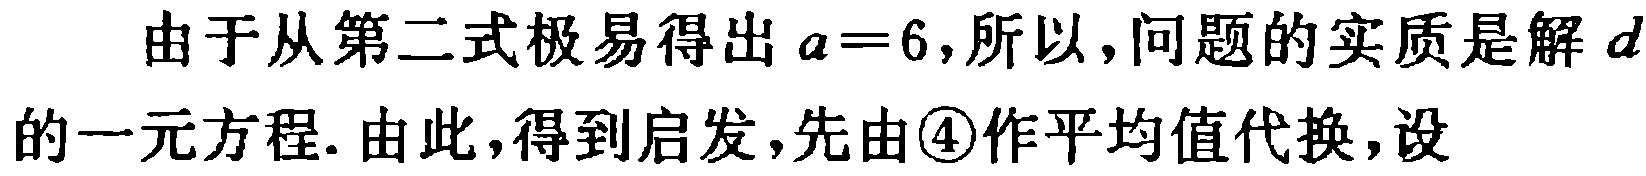
由于从第二式极易得出 \(a = 6\)，所以，问题的实质是解 \(d\)的一元方程. 由此，得到启发，先由\textcircled{4}作平均值代换，设